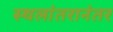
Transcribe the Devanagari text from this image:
स्थलांतरानंतर